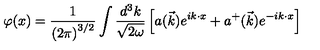
\varphi ( x ) = \frac { 1 } { \left( 2 \pi \right) ^ { 3 / 2 } } \int \frac { d ^ { 3 } k } { \sqrt { 2 \omega } } \left[ a ( \vec { k } ) e ^ { i k \cdot x } + a ^ { + } ( \vec { k } ) e ^ { - i k \cdot x } \right]